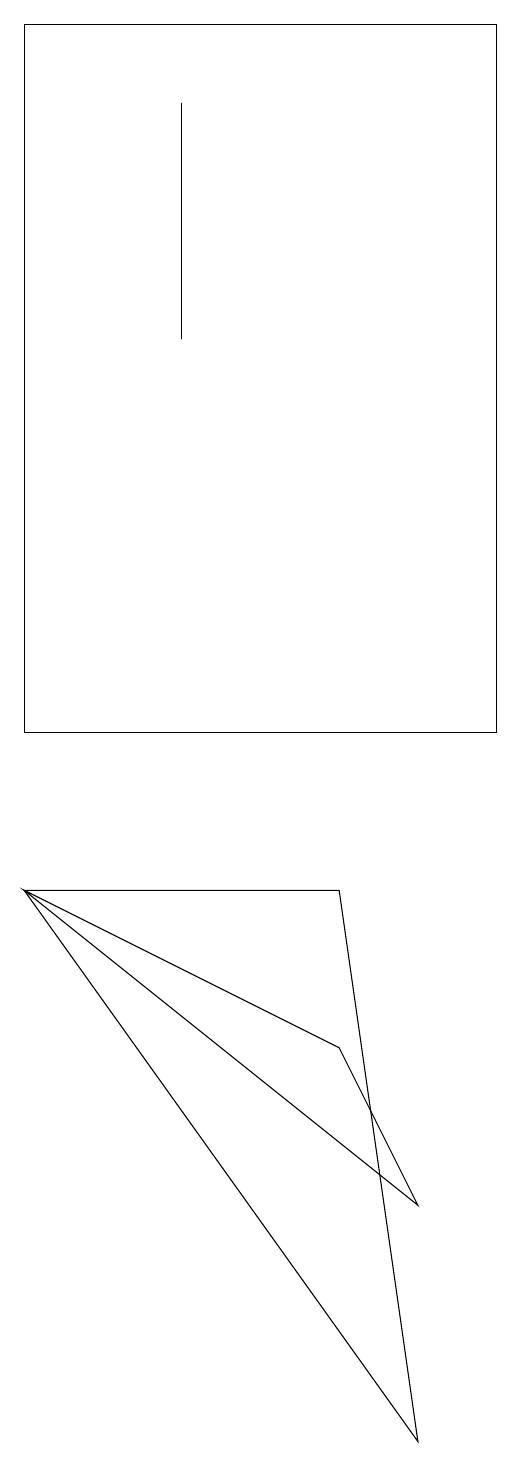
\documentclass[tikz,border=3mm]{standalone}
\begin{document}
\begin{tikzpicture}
\draw (6,10) rectangle (0,19);
\draw (5,1) -- (4,8) -- (0,8) -- cycle;
\draw (0,19) rectangle (1,19);
\draw (2,15) rectangle (2,18);
\draw (0,8) -- (4,6) -- (5,4) -- cycle;
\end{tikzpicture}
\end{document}